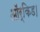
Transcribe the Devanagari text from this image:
ऑर्किड।